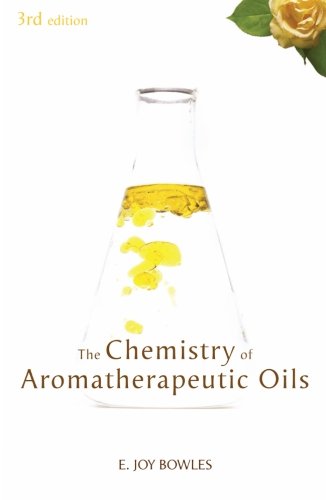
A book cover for The Chemistry of Aromatherapeutic Oils; E. Joy Bowles; Science & Math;